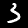
Digit: 3